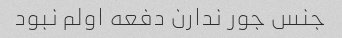
جنس جور ندارن دفعه اولم نبود